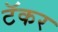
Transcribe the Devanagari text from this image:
टॅकर